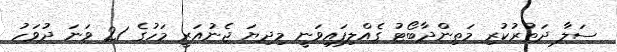
ސަލާ ދަތުރުކުރި މަތިންދާބޯޓު ގެއްލިފައިވަނީ މިދިޔަ ޖެނުއަރީ މަހުގެ 21 ވަނަ ދުވަހު